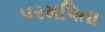
પરમપિતા